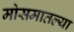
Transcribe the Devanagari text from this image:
मोसमातल्या